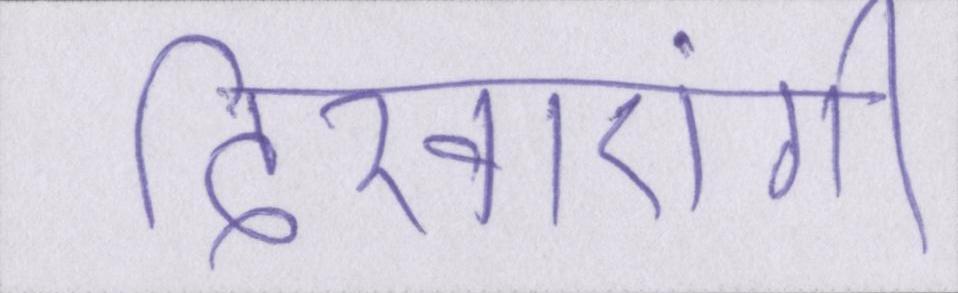
दिखाएंगी